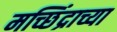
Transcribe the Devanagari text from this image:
मच्छिंद्राच्या